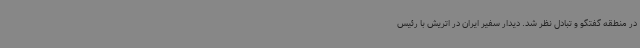
در منطقه گفتگو و تبادل نظر شد. دیدار سفیر ایران در اتریش با رئیس